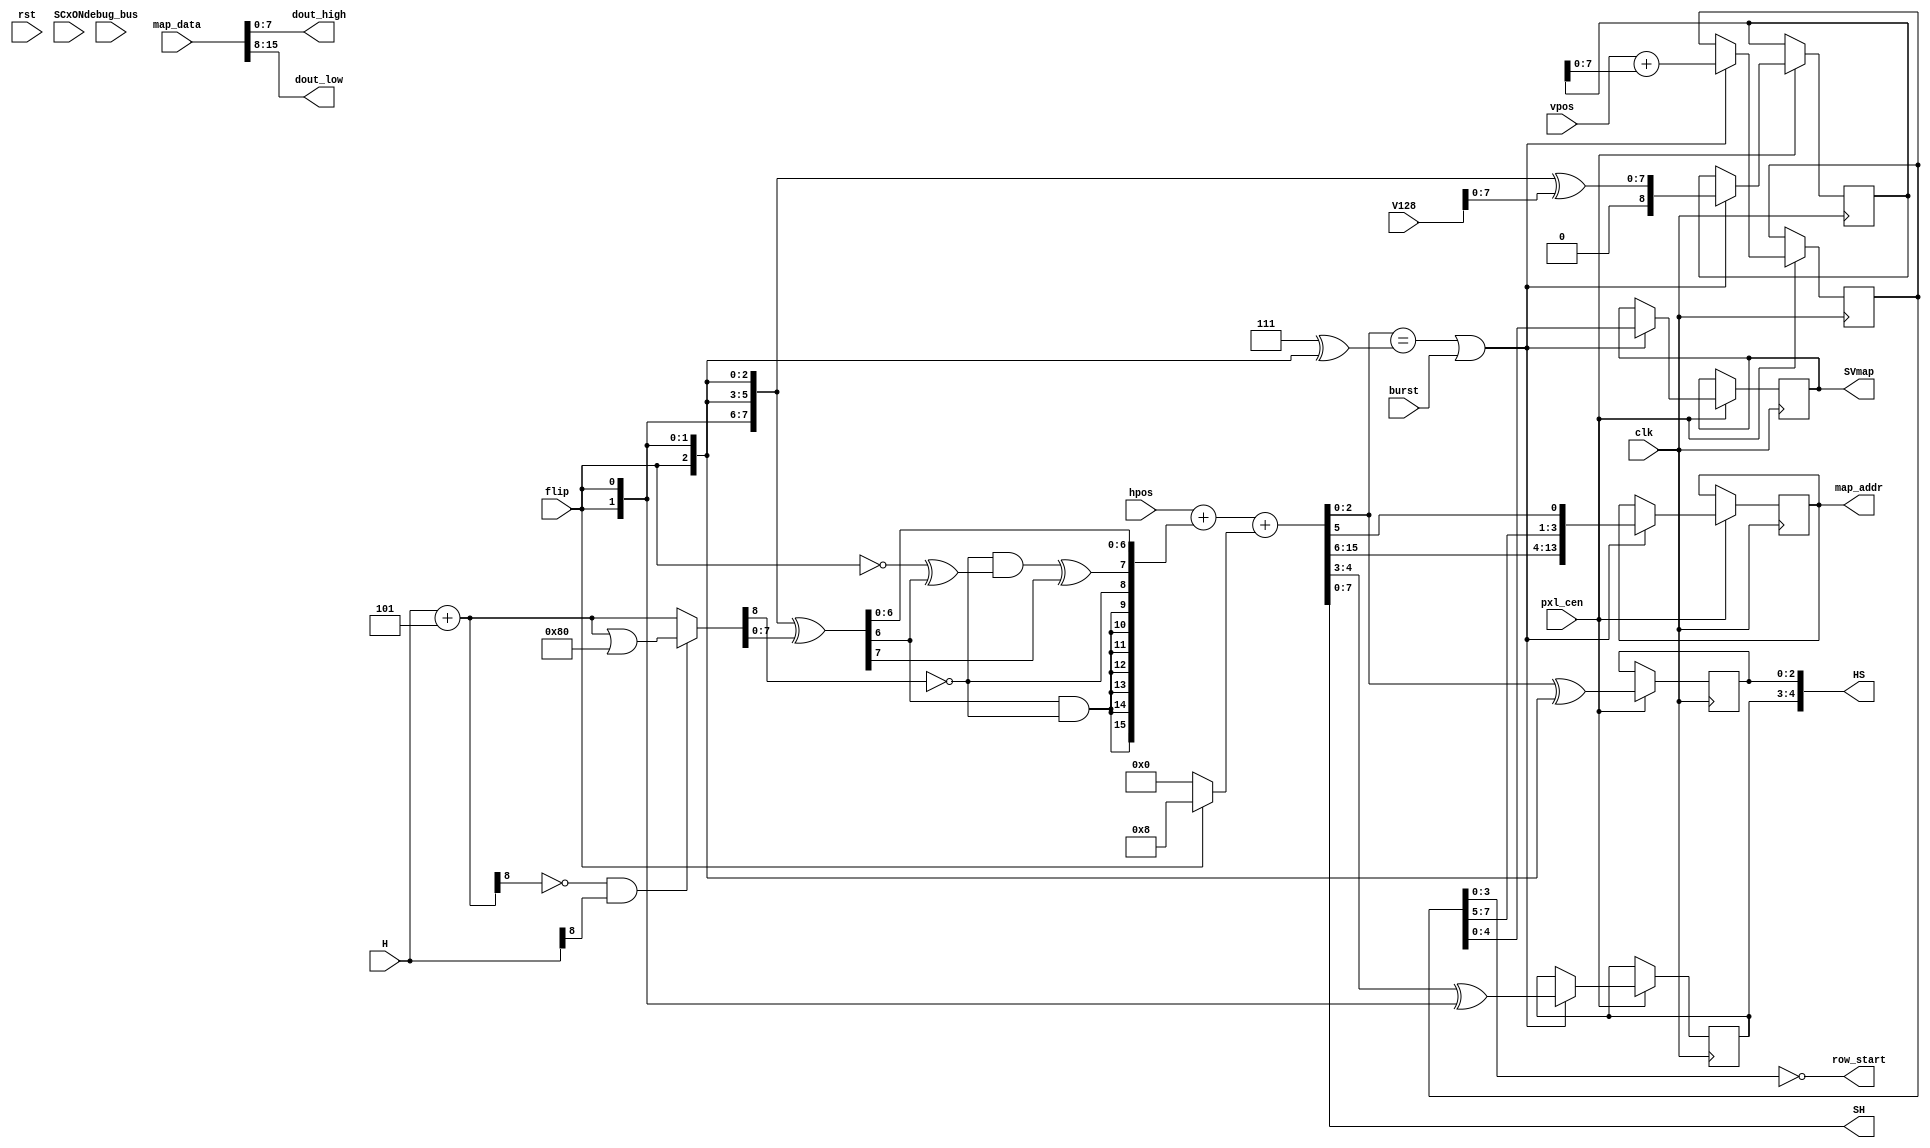
/*  This file is part of JTCORES.
    JTCORES program is free software: you can redistribute it and/or modify
    it under the terms of the GNU General Public License as published by
    the Free Software Foundation, either version 3 of the License, or
    (at your option) any later version.

    JTCORES program is distributed in the hope that it will be useful,
    but WITHOUT ANY WARRANTY; without even the implied warranty of
    MERCHANTABILITY or FITNESS FOR A PARTICULAR PURPOSE.  See the
    GNU General Public License for more details.

    You should have received a copy of the GNU General Public License
    along with JTCORES.  If not, see <http://www.gnu.org/licenses/>.

    Author: Jose Tejada Gomez. Twitter: @topapate
    Version: 1.0
    Date: 18-4-2021 */

/* verilator lint_off WIDTH */
/* verilator lint_off SELRANGE */

module jt1943_map #( parameter
    [8:0] HOFFSET   = 9'd5,
    parameter
    LAYOUT          = 0,   // 0 = 1943, 3 = Bionic Commando, 8 = Side Arms, 9=SF
    VPOSW           = (LAYOUT==3 || LAYOUT==8) ? 16 : 8, // vertical offset bit width,
    // MAP SIZE
    MAPAW           = LAYOUT==9 ? 16 : 14, // address width
    MAPDW           = LAYOUT==9 ? 32 : 16, // data width
    SHW = (LAYOUT==8 || LAYOUT==9) ?  9 : 8
)(
    input                  rst,
    input                  clk,  // >12 MHz
    input                  pxl_cen,
    input                  burst,   // do not wait for SH[2:0] to be 7
    input           [ 8:0] V128, // V128-V1
    input           [ 8:0] H, // H256-H1
    input           [15:0] hpos,
    input      [VPOSW-1:0] vpos,
    input                  SCxON,
    input                  flip,
    // Map ROM
    output reg [MAPAW-1:0] map_addr,
    input      [MAPDW-1:0] map_data,
    output   [MAPDW/2-1:0] dout_high,
    output   [MAPDW/2-1:0] dout_low,
    output                 row_start,
    output reg   [SHW-1:0] SH,
    // Coordinates for tiler
    output reg       [4:0] HS,
    output reg       [4:0] SVmap, // SV latched at the time the map_addr is set
    input            [7:0] debug_bus
);

localparam SVW = LAYOUT==8 ? 12 : 8;

// H goes from 80h to 1FFh
wire [8:0] Hfix_prev = H+HOFFSET;
wire [8:0] Hfix = !Hfix_prev[8] && H[8] ? Hfix_prev|9'h80 : Hfix_prev; // Corrects pixel output offset

reg  [    7:0] PICV, PIC;
reg  [SVW-1:0] SV;
reg  [    8:0] VF;

reg [7:0] HF;
reg [9:0] SCHF;
reg       H7;
wire      adv;

assign adv       = (SH[2:0]==(3'd7 ^ {3{flip}})) || burst;
assign row_start = SV[3:0]==0;

always @(*) begin
    if( LAYOUT==8 ) begin // Side Arms
        PIC[6:3] = SV[11:8];
        { PIC[7], PIC[2:0], SH } = {4'd0, H^{9{flip}}} + hpos[12:0];
    end else if(LAYOUT==9) begin // Street Fighter
        { PIC, SH } = {4'd0, H^{9{flip}}} + hpos;
    end else begin
        HF          = {8{flip}}^Hfix[7:0]; // SCHF2_1-8
        H7          = (~Hfix[8] & (~flip ^ HF[6])) ^HF[7];
        SCHF        = { HF[6]&~Hfix[8], ~Hfix[8], H7, HF[6:0] };
        if(LAYOUT==7) begin // Trojan only has 8-bit scrolling
            {PIC,  SH } = {8'd0, hpos[7:0] } +
                + { {6{SCHF[9]}},SCHF } + (flip?16'h16:16'h8);
        end else begin
            {PIC,  SH } = hpos + { {6{SCHF[9]}},SCHF } + (flip?16'h8:16'h0);
        end
    end
end

generate
    if (LAYOUT==0) begin
        // 1943 32x32
        always @(posedge clk) if(pxl_cen) begin
            // always update the map at the same pixel count
            if( adv ) begin
                VF <= {8{flip}}^V128[7:0];
                {PICV, SV } <= { {16-VPOSW{vpos[7]}}, vpos } + { {8{VF[7]}}, VF };
                HS[4:3] <= SH[4:3] ^{2{flip}};
                map_addr <= { PIC, SH[7:6], SV[7:5]/*^{3{flip}}*/, SH[5] }; // SH[5] is LSB
                    // in order to optimize cache use
            end
        end
    end
    if(LAYOUT==3 || LAYOUT==7) begin
        // Tiger Road 32x32 - Trojan 16x16
        always @(*) begin
            VF          = flip ? 9'd240-V128[8:0] : V128[8:0];
            {PICV, SV } = { {7{VF[8]}}, VF } - vpos;
        end
        wire [15:0] col = {PIC,  SH}>>(LAYOUT==3 ? 8'd5 : 8'd4); // upper 8 bits unused
        wire [15:0] row = {PICV, SV}>>(LAYOUT==3 ? 8'd5 : 8'd4); // upper 8 bits unused
        always @(posedge clk) if(pxl_cen) begin
            // always update the map at the same pixel count
            if( adv ) begin
                HS[4:3] <= SH[4:3];
                map_addr <= LAYOUT==3 ?
                    {  ~row[6:3], col[6:3], ~row[2:0], col[2:0] } : // Tiger Road
                    {  {row[3:0], 2'b0 }, col[7:0] }+ {2'b0, hpos[15:8], 4'd0}; // Trojan 6 + 8
            end
        end
    end
    if (LAYOUT==8) begin
        // Side Arms 32x32
        always @(posedge clk) begin
            VF <= {8{flip}}^V128[7:0];
            SV <= { {VPOSW-9{1'b0}}, VF } + vpos;
        end
        always @(posedge clk) if(pxl_cen) begin
            // always update the map at the same pixel count
            if( adv ) begin
                HS[4:3] <= SH[4:3] /*^{2{flip}}*/;
                map_addr <= { PIC[6:0], SH[8:5], SV[7:5] };
            end
        end
    end
    if (LAYOUT==9) begin
        // Street Fighter 16x16
        always @(posedge clk) begin
            VF <= {8{flip}}^V128[7:0];
            SV <= VF;
        end
        always @(posedge clk) if(pxl_cen) begin
            // always update the map at the same pixel count
            if( adv ) begin
                HS[3] <= SH[3] /*^flip*/;
                // Map address shifted left because of 32-bit read
                map_addr <= { PIC[5:0], SH[8:4], SV[7:4], 1'b0 }; // 6+5+4+1=16
            end
        end
    end
endgenerate

always @(posedge clk) if(pxl_cen) begin
    if( adv ) begin
        SVmap <= SV[4:0];
    end
    HS[2:0] <= SH[2:0] ^ {3{flip}};
end

assign dout_high = map_data[MAPDW/2-1:0];
assign dout_low  = map_data[MAPDW-1:MAPDW/2];

endmodule

/* verilator lint_on WIDTH */
/* verilator lint_on SELRANGE */